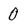
Character: 0